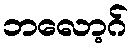
ဘလော့ဂ်